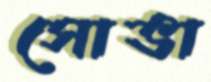
সোভা